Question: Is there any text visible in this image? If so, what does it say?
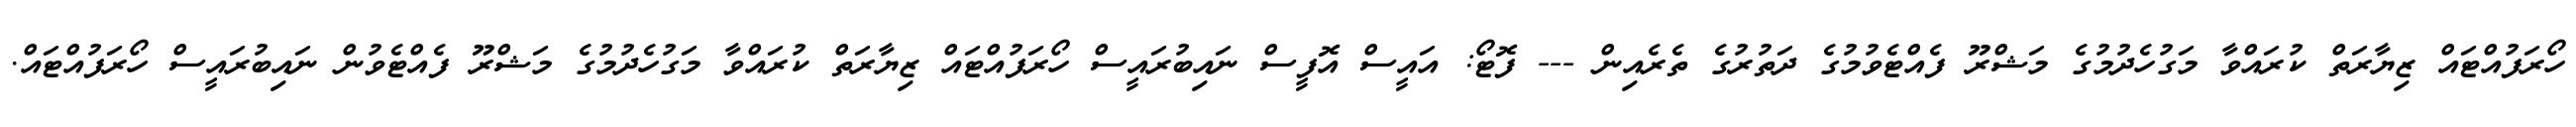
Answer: ހޯރަފުއްޓައް ޒިޔާރަތް ކުރައްވާ މަގުހެދުމުގެ މަޝްރޫ ފެއްޓެވުމުގެ ދަތުރުގެ ތެރެއިން --- ފޮޓޯ: އައީސް އޮފީސް ނައިބުރައީސް ހޯރަފުއްޓައް ޒިޔާރަތް ކުރައްވާ މަގުހެދުމުގެ މަޝްރޫ ފެއްޓެވުން ނައިބުރައީސް ހޯރަފުއްޓައް.